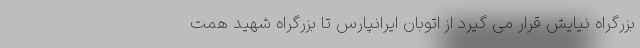
بزرگراه نیایش قرار می گیرد از اتوبان ایرانپارس تا بزرگراه شهید همت